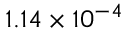
1 . 1 4 \times 1 0 ^ { - 4 }